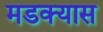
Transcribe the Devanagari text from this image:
मडक्यास